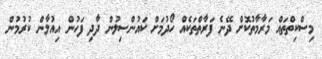
މިސްކިތްތައް މަރާމާތުކޮށް ދޭނެ ފަރާތްތަކެއް ހޯދުމަށް ކައުންސިލުން ދާދި ފަހުން އިއުލާން ކުރުމުން